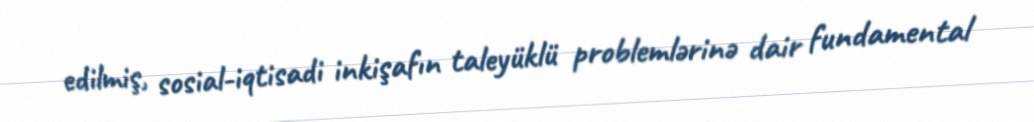
edilmiş, sosial-iqtisadi inkişafın taleyüklü problemlərinə dair fundamental